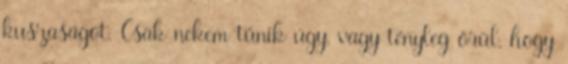
kuszaságot. Csak nekem tűnik úgy, vagy tényleg örül, hogy